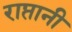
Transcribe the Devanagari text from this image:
राप्तानी